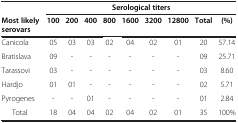
|  | <COLSPAN=9> Serological titers |
 | Most likely serovars | 100 | 200 | 400 | 800 | 1600 | 3200 | 12800 | Total | (%) |
 | --- | --- | --- | --- | --- | --- | --- | --- | --- | --- |
 | Canicola | 05 | 03 | 03 | 02 | 04 | 02 | 01 | 20 | 57.14 |
 | Bratislava | 09 | - | - | - | - | - | - | 09 | 25.71 |
 | Tarassovi | 03 | - | - | - | - | - | - | 03 | 8.60 |
 | Hardjo | 01 | 01 | - | - | - | - | - | 02 | 5.71 |
 | Pyrogenes | - | - | 01 | - | - | - | - | 01 | 2.84 |
 | Total | 18 | 04 | 04 | 02 | 04 | 02 | 01 | 35 | 100% |